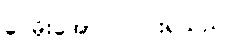
ဝေမိုးအောင် ငြင်းရသည်။